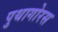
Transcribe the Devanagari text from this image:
पुथागोरस